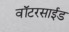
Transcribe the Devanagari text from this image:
वॉटरसाईड